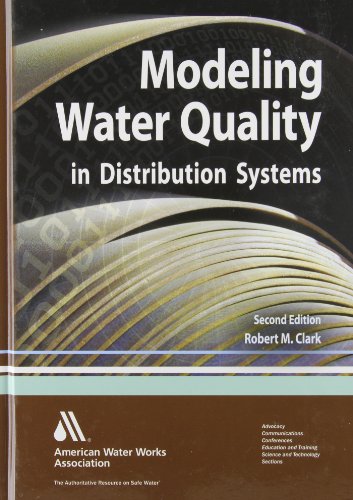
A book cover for Modeling Water Quality in Distribution Systems; Robert Clark; Science & Math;